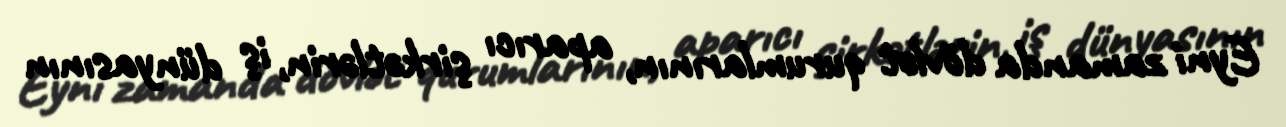
Eyni zamanda dövlət qurumlarının, aparıcı şirkətlərin, iş dünyasının